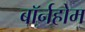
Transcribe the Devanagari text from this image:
बॉर्नहोम